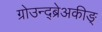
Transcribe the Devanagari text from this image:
ग्रोउन्द्ब्रेअकीङ्